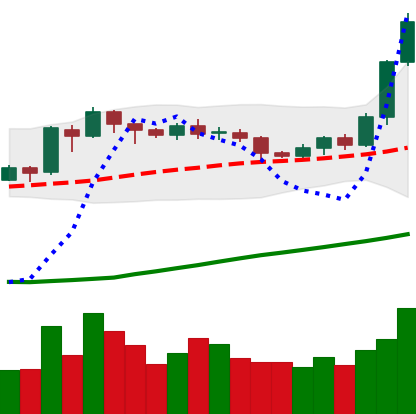
Ticker: ETH-USD
Chart end date: 2020-07-23
Forward return: 15.278%
Label: up_7plus